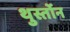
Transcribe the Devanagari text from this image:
थुर्स्तोन